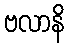
ဗလာနိ